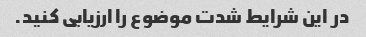
در این شرایط شدت موضوع را ارزیابی کنید.